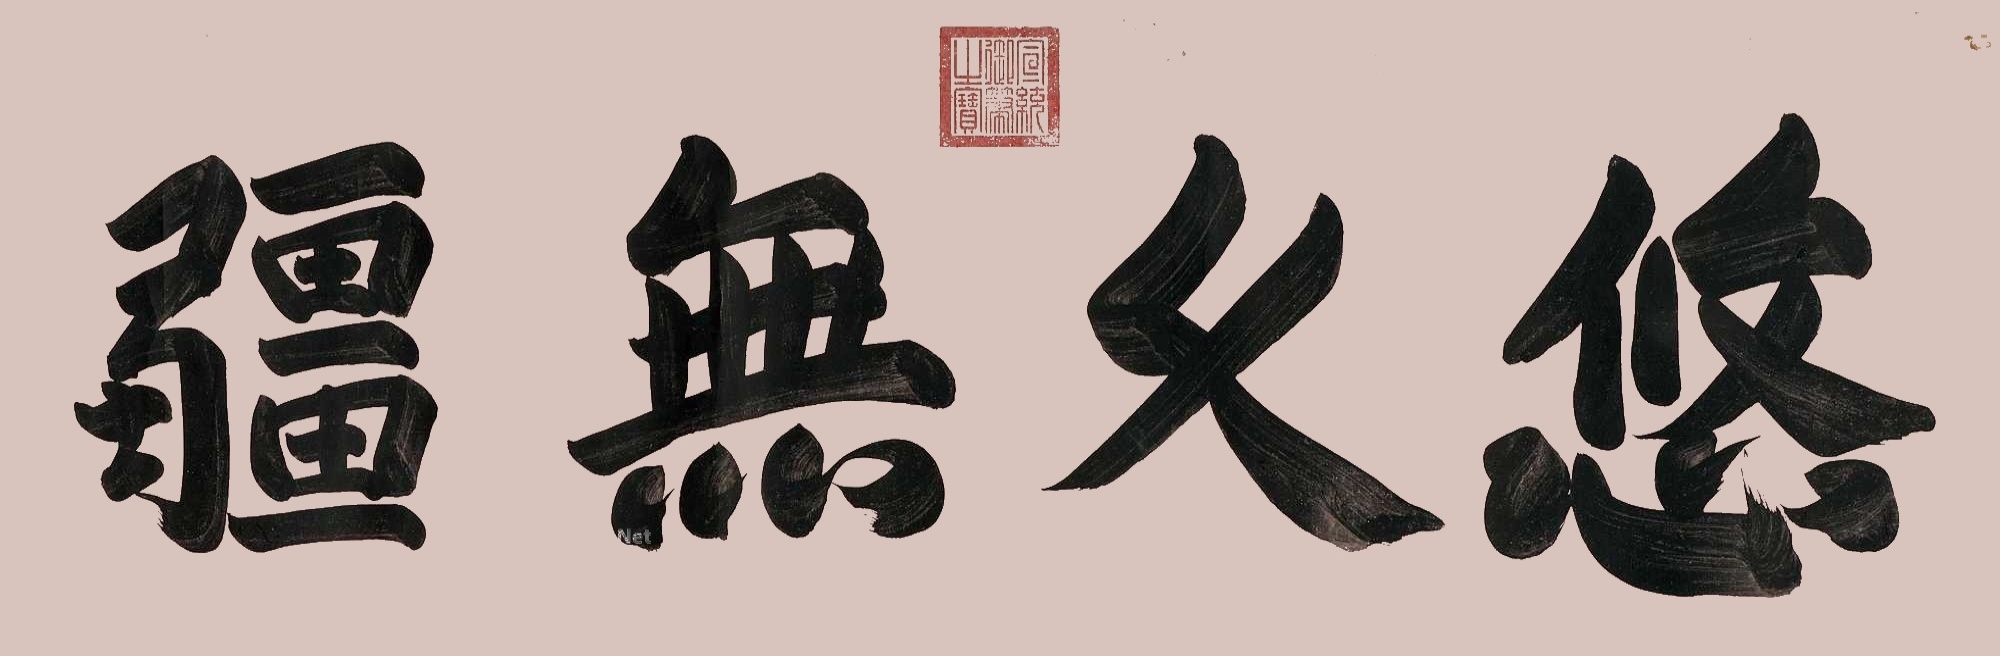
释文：悠久无疆。